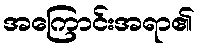
အကြောင်းအရာ၏